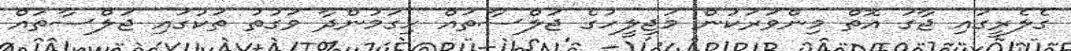
ގެލެރީގައި ޖާގަ އޮތް މިންވަރަކުން މަޖިލީހުގެ ޖަލްސާތައް ހިގަމުންދާ ވަގުތު ތަކުގައި ޖަލްސާތައް